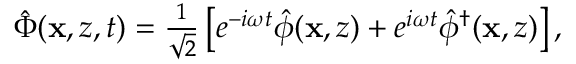
\begin{array} { r } { \hat { \Phi } ( \mathbf { x } , z , t ) = \frac { 1 } { \sqrt { 2 } } \left[ e ^ { - i \omega t } \hat { \phi } ( \mathbf { x } , z ) + e ^ { i \omega t } \hat { \phi } ^ { \dagger } ( \mathbf { x } , z ) \right] , } \end{array}